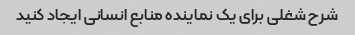
شرح شغلی برای یک نماینده منابع انسانی ایجاد کنید